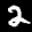
Label: 2